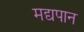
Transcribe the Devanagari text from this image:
मद्यपान